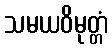
သမယဝိမုတ္တံ